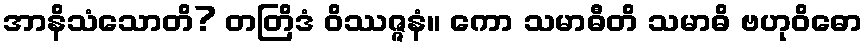
အာနိသံသောတိ? တတြိဒံ ဝိဿဇ္ဇနံ။ ကော သမာဓီတိ သမာဓိ ဗဟုဝိဓော